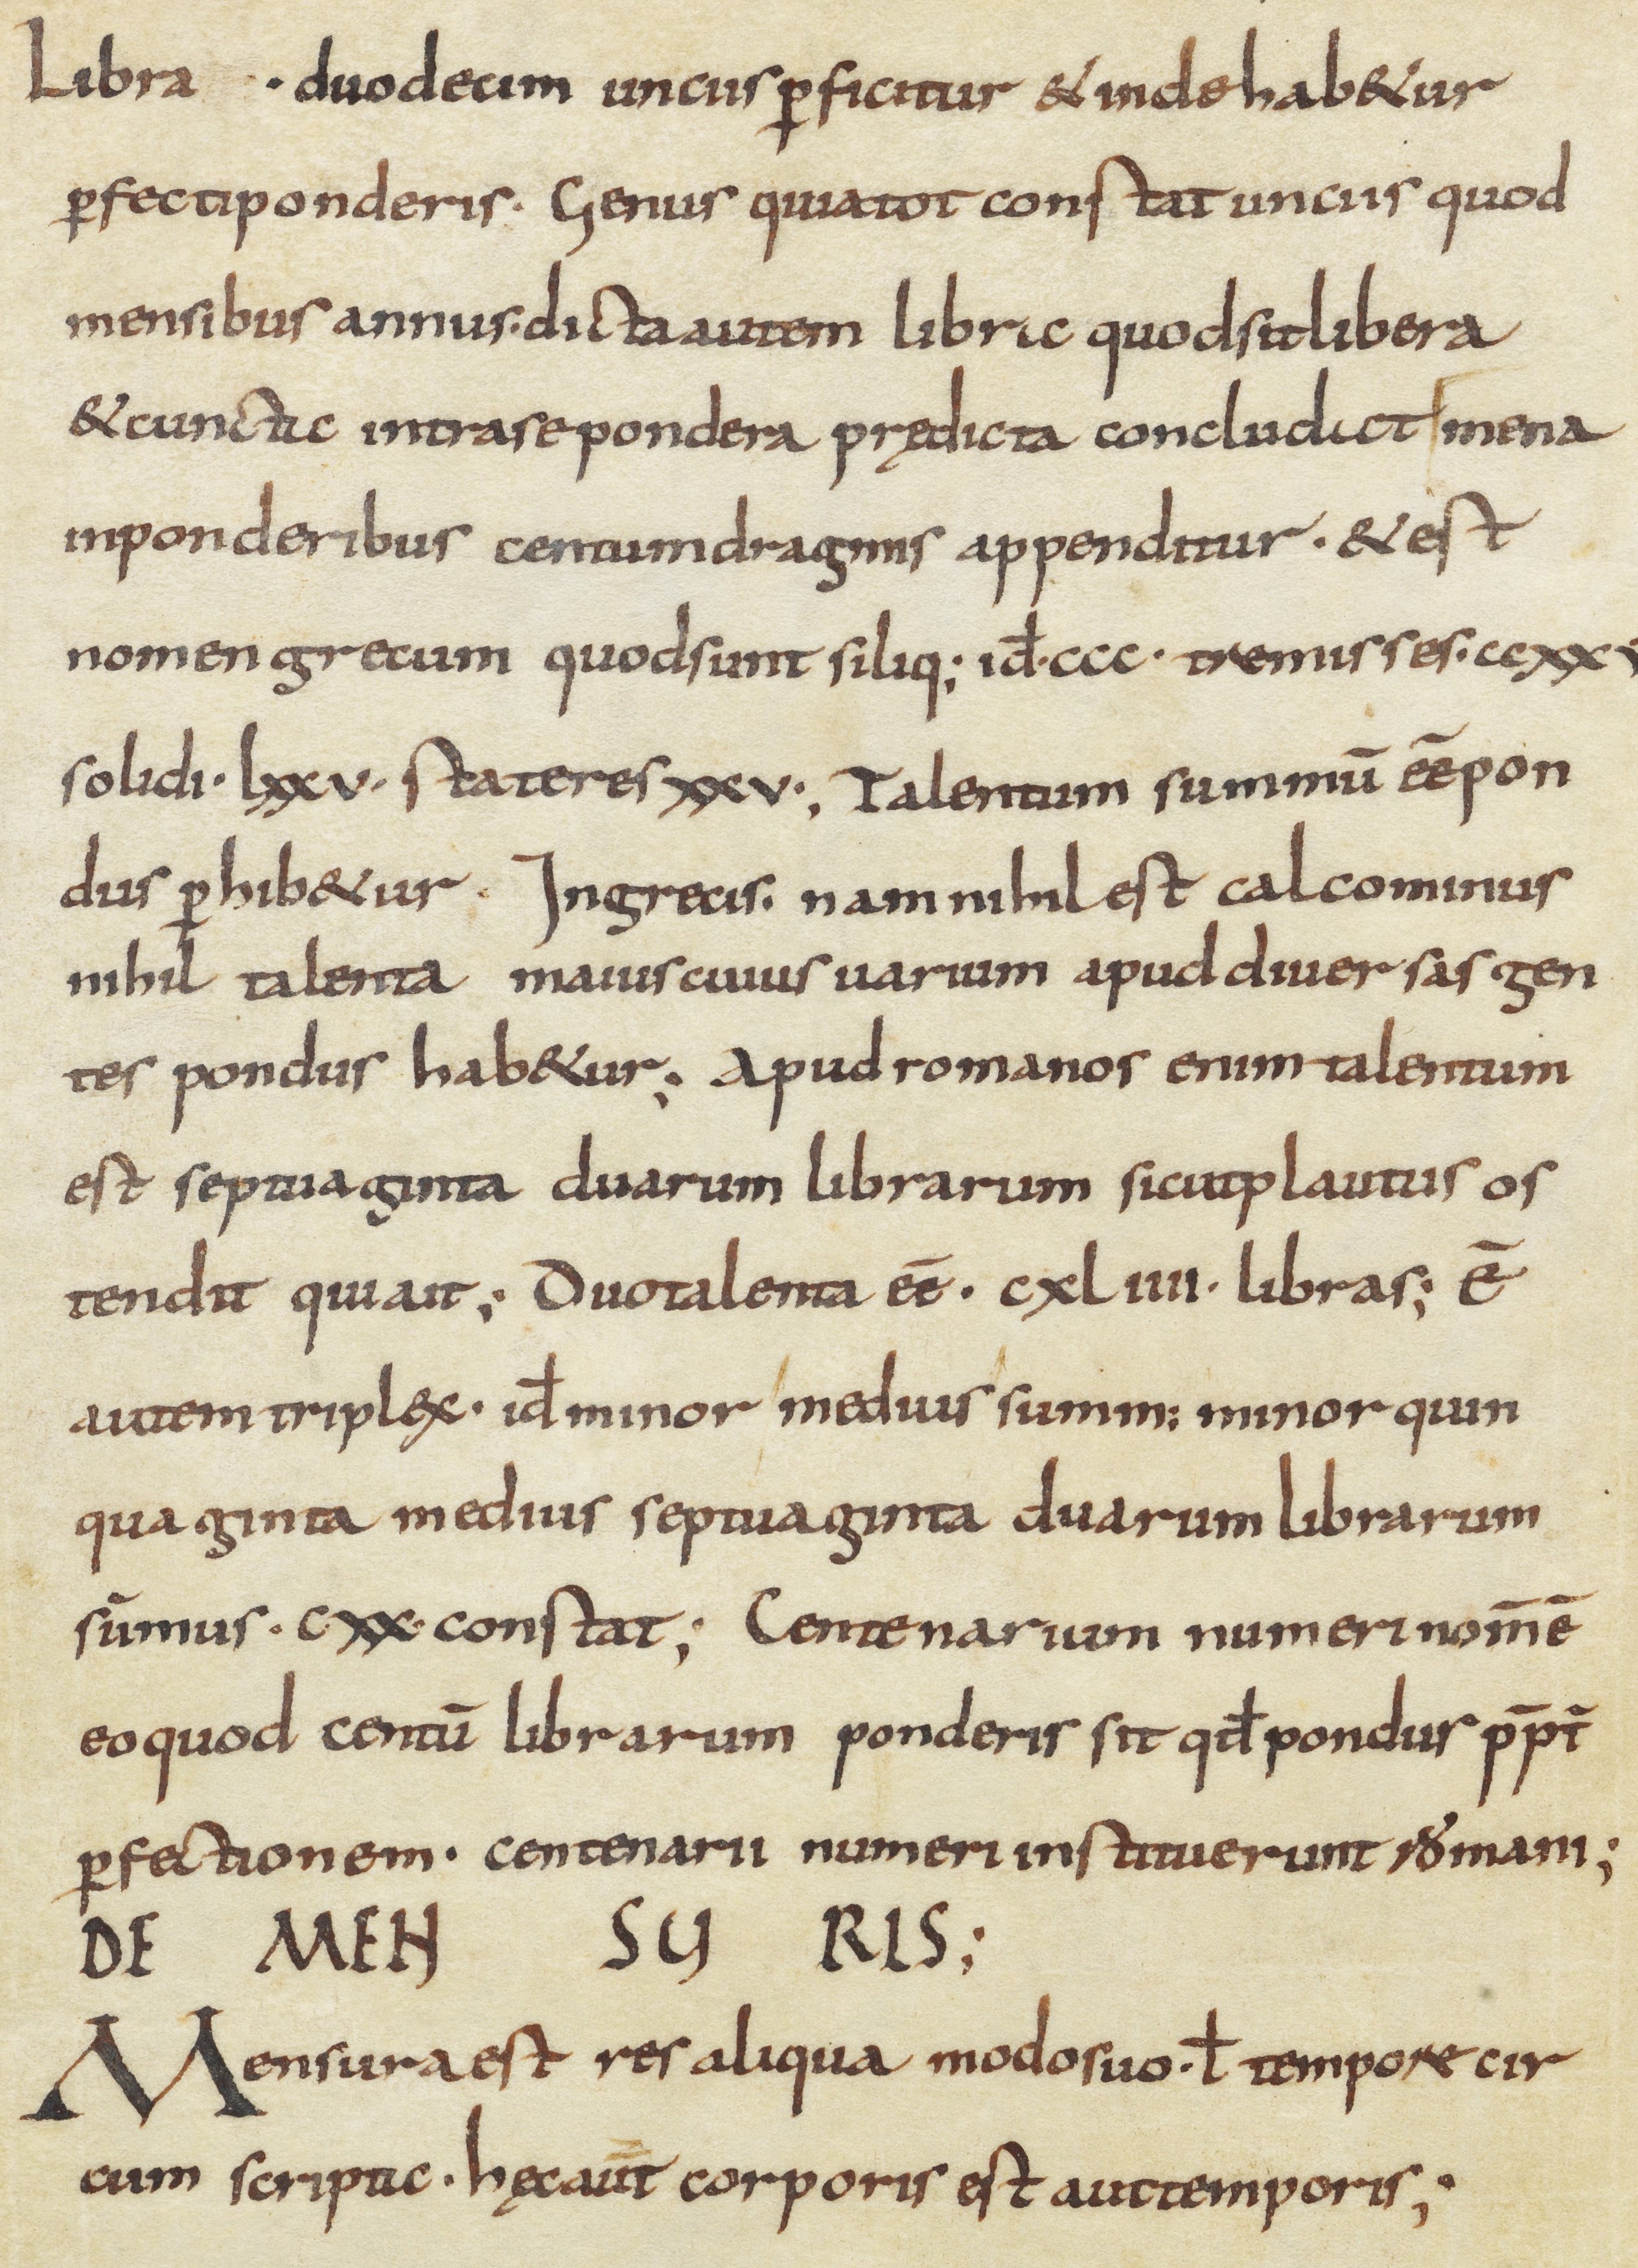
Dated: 800–999